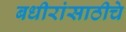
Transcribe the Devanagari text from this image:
बधीरांसाठीचे